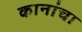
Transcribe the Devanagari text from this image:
कानांचा